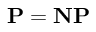
\mathbf { P } = \mathbf { N P }